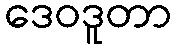
ဒေဝဒူတာ